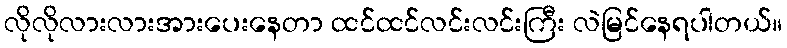
လိုလိုလားလားအားပေးနေတာ ထင်ထင်လင်းလင်းကြီး လဲမြင်နေရပါတယ်။